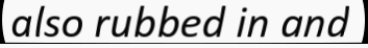
also rubbed in and